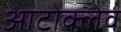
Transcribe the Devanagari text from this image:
आटोक्‍लेव